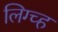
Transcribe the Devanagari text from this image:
लिग्च्ह